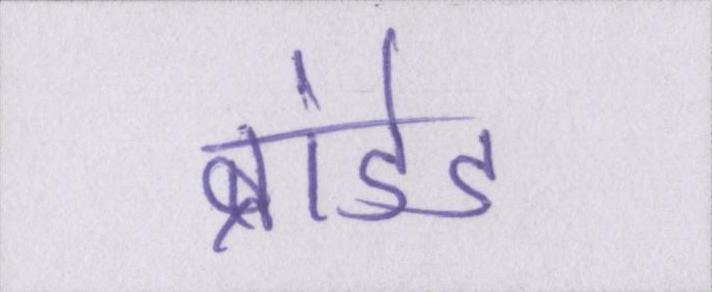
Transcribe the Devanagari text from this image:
ब्रांडेड